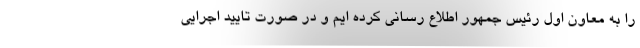
را به معاون اول رئیس جمهور اطلاع رسانی کرده ایم و در صورت تایید اجرایی